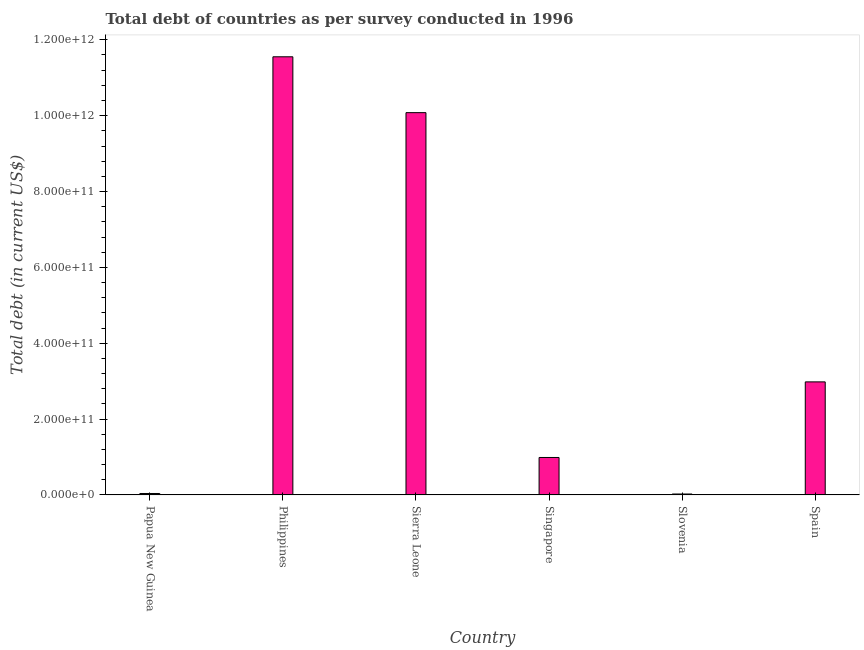
| Country | Central government debt |
 | --- | --- |
 | Papua New Guinea | 3.78e+09 |
 | Philippines | 1.16e+12 |
 | Sierra Leone | 1.01e+12 |
 | Singapore | 9.88e+10 |
 | Slovenia | 2.42e+09 |
 | Spain | 2.98e+11 |